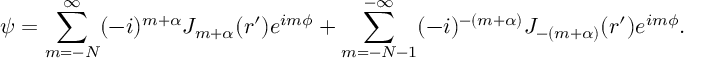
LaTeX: \psi = \sum _ { m = - N } ^ { \infty } ( - i ) ^ { m + \alpha } J _ { m + \alpha } ( r ^ { \prime } ) e ^ { i m \phi } + \sum _ { m = - N - 1 } ^ { - \infty } ( - i ) ^ { - ( m + \alpha ) } J _ { - ( m + \alpha ) } ( r ^ { \prime } ) e ^ { i m \phi } .